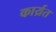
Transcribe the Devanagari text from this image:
कार्य्रत